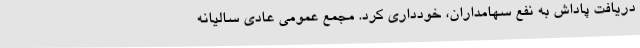
دریافت پاداش به نفع سهامداران، خودداری کرد. مجمع عمومی عادی سالیانه